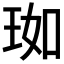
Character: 𬍣